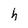
Character: h